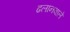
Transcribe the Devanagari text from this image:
ढलानवाले